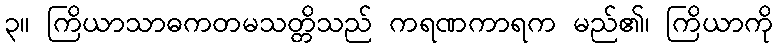
၃။ ကြိယာသာဓကတမသတ္တိသည် ကရဏကာရက မည်၏၊ ကြိယာကို